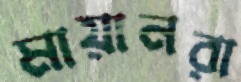
মায়ানরা